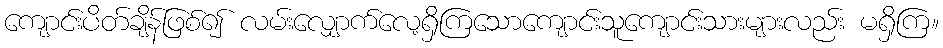
ကျောင်းပိတ်ချိန်ဖြစ်၍ လမ်းလျှောက်လေ့ရှိကြသောကျောင်းသူကျောင်းသားများလည်း မရှိကြ။